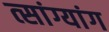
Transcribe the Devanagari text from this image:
त्सांग्यांग